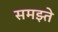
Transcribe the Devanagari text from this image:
समझ्ते